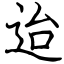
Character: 迨